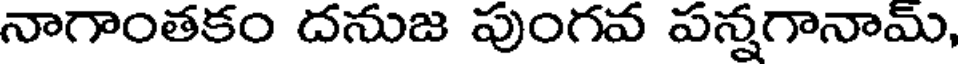
నాగాంతకం దనుజ పుంగవ పన్నగానామ్,